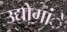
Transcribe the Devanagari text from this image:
उद्योगांे